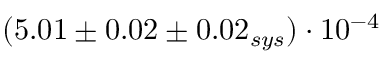
( 5 . 0 1 \pm 0 . 0 2 \pm 0 . 0 2 _ { s y s } ) \cdot 1 0 ^ { - 4 }